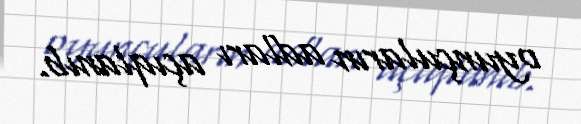
oyunçuların adları açıqlanıb.